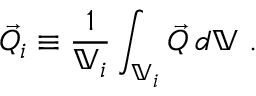
\vec { Q } _ { i } \equiv \frac { 1 } { \mathbb { V } _ { i } } \int _ { \mathbb { V } _ { i } } \vec { Q } \: d \mathbb { V } \mathrm { ~ . ~ }